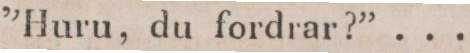
”Huru, du fordrar?” ...